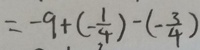
= - 9 + ( - \frac { 1 } { 4 } ) - ( - \frac { 3 } { 4 } )